65_HS1-834228961_62-HQ-83894_Section_6
Agency: FBI
Page 36
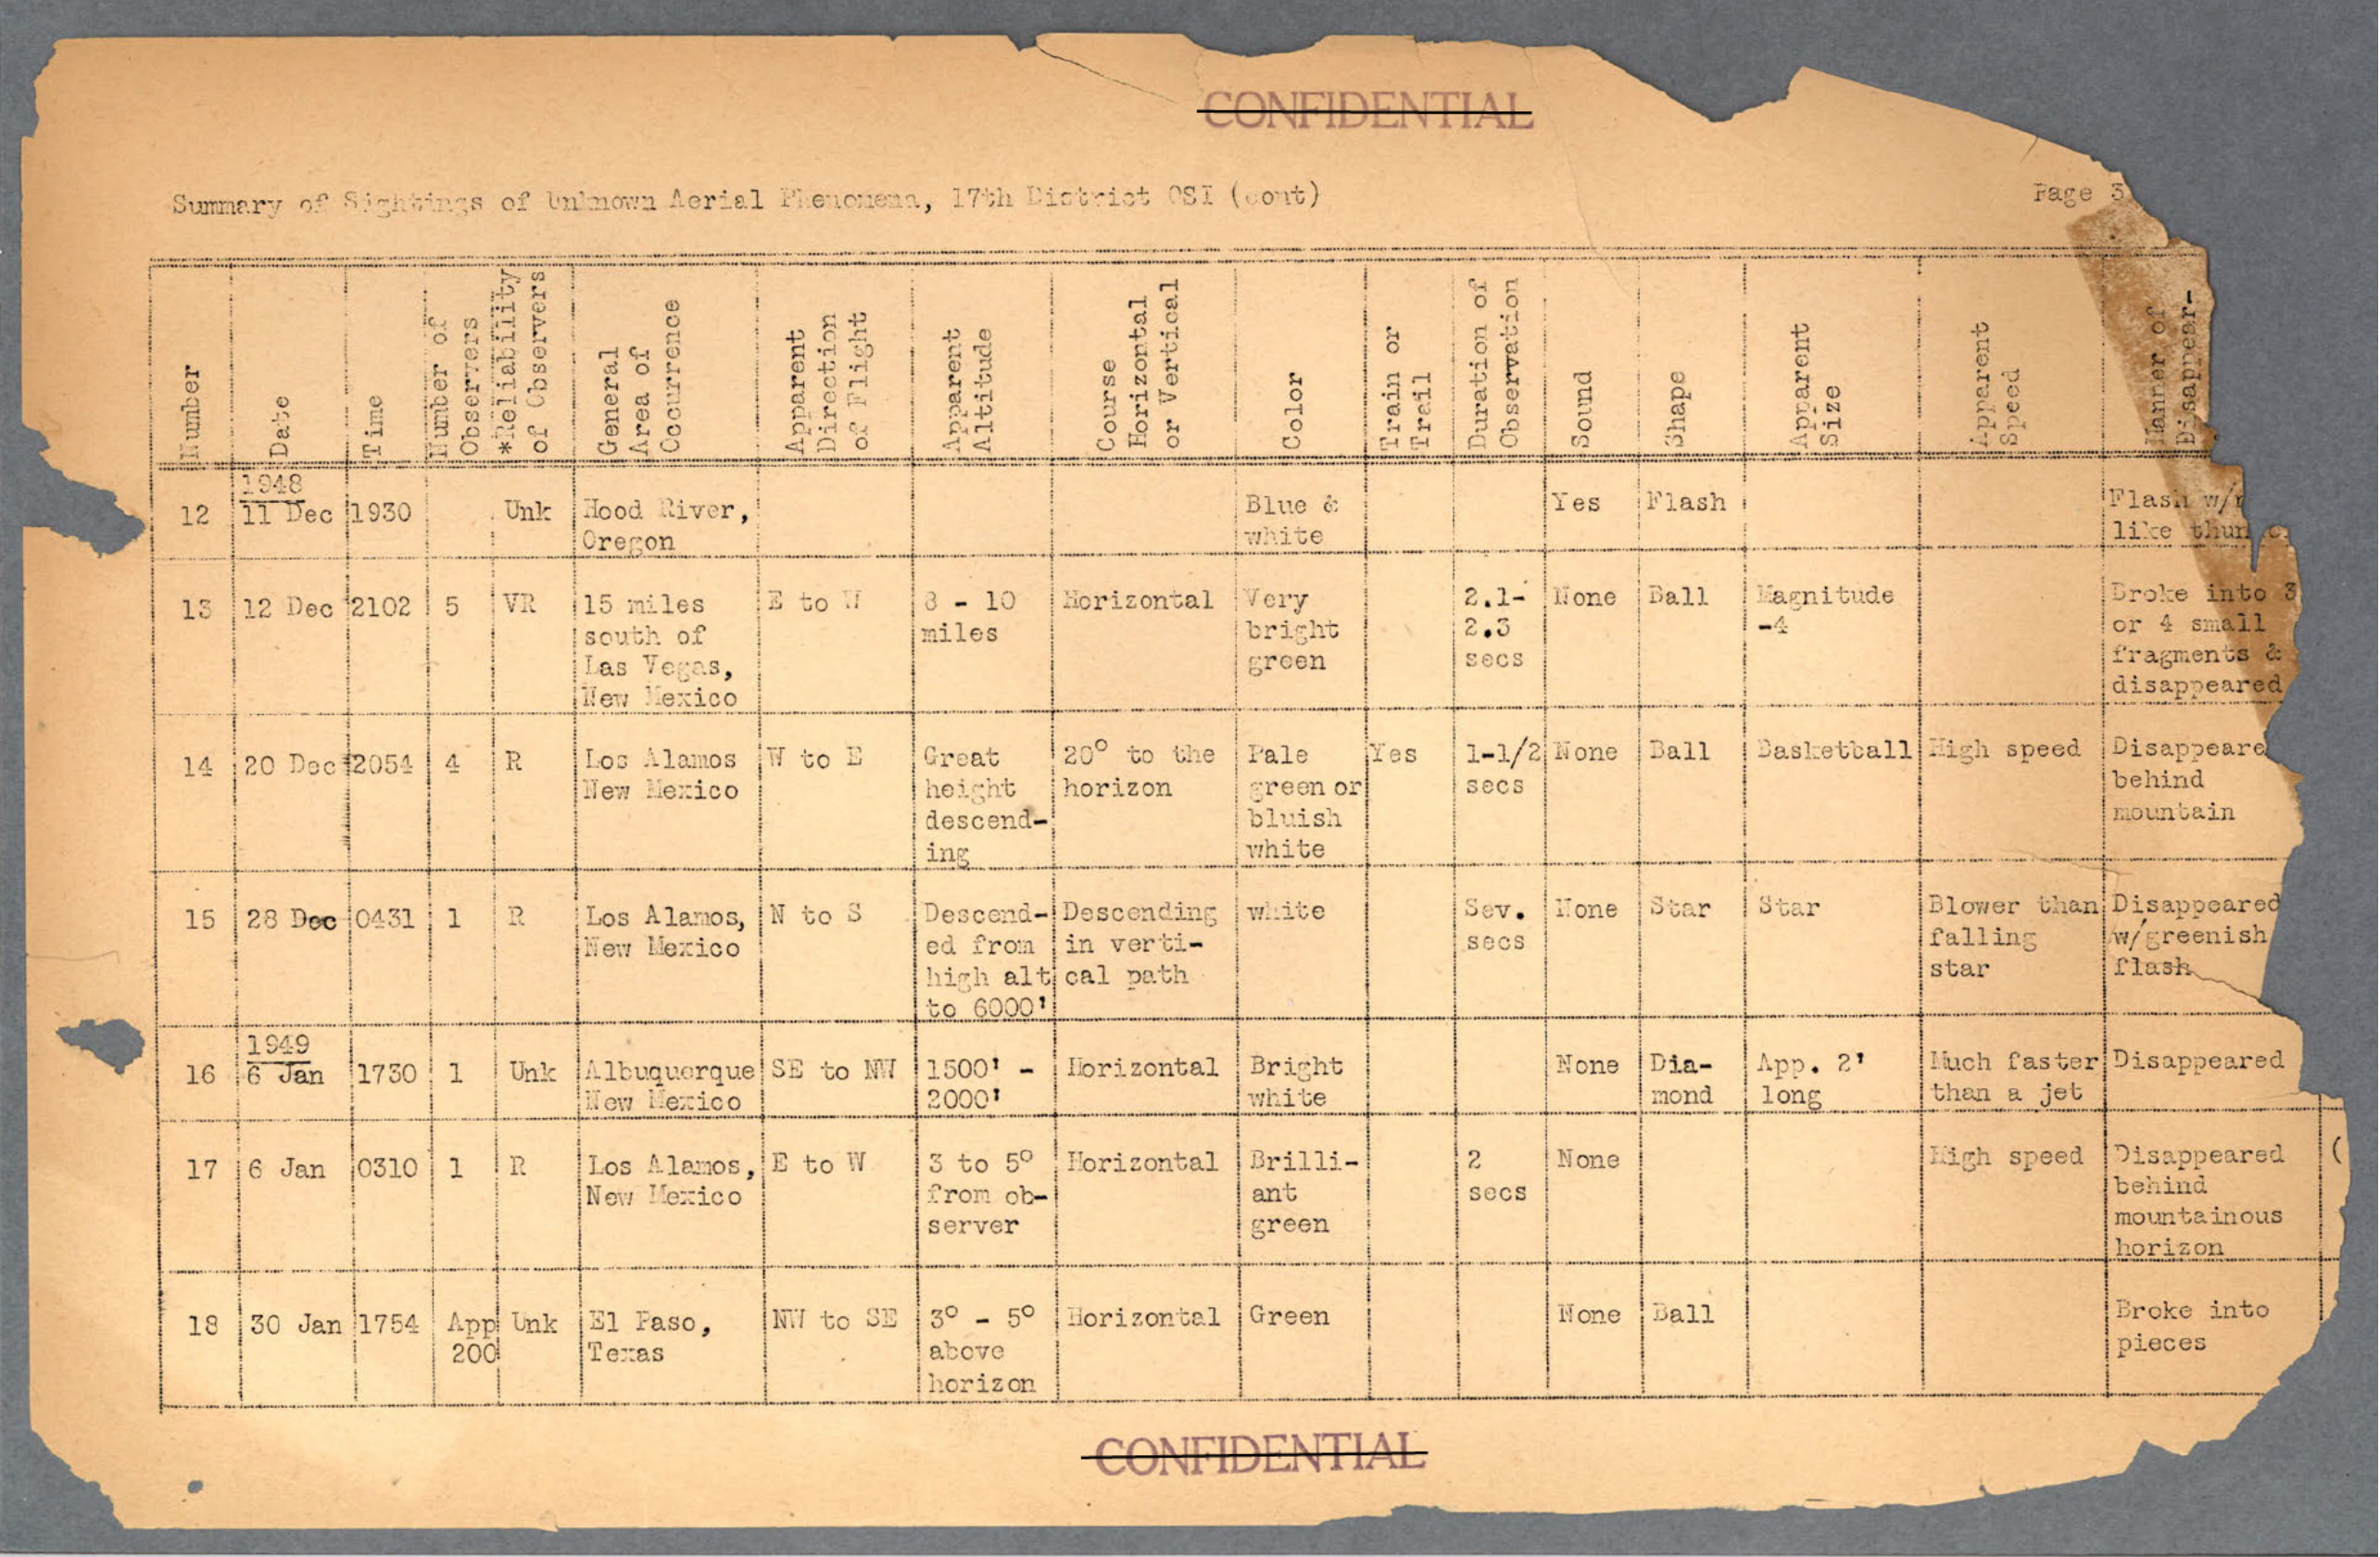